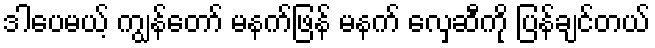
ဒါပေမယ့် ကျွန်တော် မနက်ဖြန် မနက် လှေဆီကို ပြန်ချင်တယ်